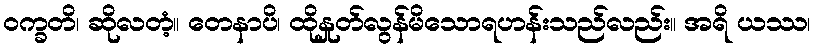
ဝက္ခတိ၊ ဆိုလတံ့။ တေနာပိ၊ ထိုနှုတ်လွန်မိသောရဟန်းသည်လည်း။ အရိ ယဿ၊